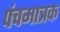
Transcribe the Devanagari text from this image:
पंचमात्रक